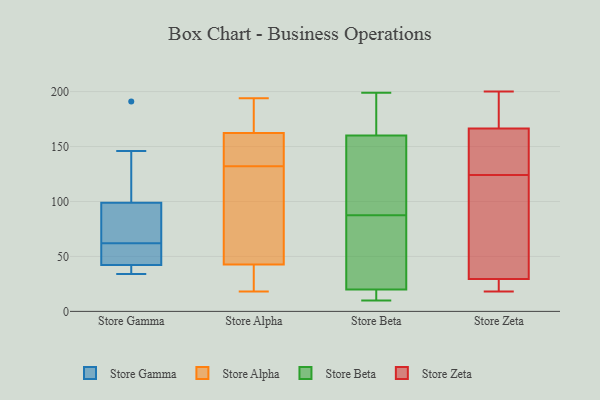
{"axis": {"x": "Churn Rate (%)", "y": "Value"}, "legend": ["Store Alpha", "Store Beta", "Store Gamma", "Store Zeta"], "data": [{"x": "", "y": 146, "type": "Store Gamma"}, {"x": "", "y": 34, "type": "Store Gamma"}, {"x": "", "y": 56, "type": "Store Gamma"}, {"x": "", "y": 191, "type": "Store Gamma"}, {"x": "", "y": 62, "type": "Store Gamma"}, {"x": "", "y": 43, "type": "Store Gamma"}, {"x": "", "y": 86, "type": "Store Gamma"}, {"x": "", "y": 42, "type": "Store Gamma"}, {"x": "", "y": 66, "type": "Store Gamma"}, {"x": "", "y": 103, "type": "Store Gamma"}, {"x": "", "y": 36, "type": "Store Gamma"}, {"x": "", "y": 176, "type": "Store Alpha"}, {"x": "", "y": 159, "type": "Store Alpha"}, {"x": "", "y": 120, "type": "Store Alpha"}, {"x": "", "y": 100, "type": "Store Alpha"}, {"x": "", "y": 43, "type": "Store Alpha"}, {"x": "", "y": 194, "type": "Store Alpha"}, {"x": "", "y": 33, "type": "Store Alpha"}, {"x": "", "y": 18, "type": "Store Alpha"}, {"x": "", "y": 133, "type": "Store Alpha"}, {"x": "", "y": 172, "type": "Store Alpha"}, {"x": "", "y": 142, "type": "Store Alpha"}, {"x": "", "y": 42, "type": "Store Alpha"}, {"x": "", "y": 153, "type": "Store Alpha"}, {"x": "", "y": 178, "type": "Store Alpha"}, {"x": "", "y": 19, "type": "Store Alpha"}, {"x": "", "y": 86, "type": "Store Alpha"}, {"x": "", "y": 132, "type": "Store Alpha"}, {"x": "", "y": 15, "type": "Store Beta"}, {"x": "", "y": 51, "type": "Store Beta"}, {"x": "", "y": 95, "type": "Store Beta"}, {"x": "", "y": 199, "type": "Store Beta"}, {"x": "", "y": 160, "type": "Store Beta"}, {"x": "", "y": 10, "type": "Store Beta"}, {"x": "", "y": 66, "type": "Store Beta"}, {"x": "", "y": 199, "type": "Store Beta"}, {"x": "", "y": 195, "type": "Store Beta"}, {"x": "", "y": 20, "type": "Store Beta"}, {"x": "", "y": 160, "type": "Store Beta"}, {"x": "", "y": 140, "type": "Store Beta"}, {"x": "", "y": 11, "type": "Store Beta"}, {"x": "", "y": 80, "type": "Store Beta"}, {"x": "", "y": 143, "type": "Store Zeta"}, {"x": "", "y": 190, "type": "Store Zeta"}, {"x": "", "y": 22, "type": "Store Zeta"}, {"x": "", "y": 84, "type": "Store Zeta"}, {"x": "", "y": 124, "type": "Store Zeta"}, {"x": "", "y": 165, "type": "Store Zeta"}, {"x": "", "y": 31, "type": "Store Zeta"}, {"x": "", "y": 167, "type": "Store Zeta"}, {"x": "", "y": 29, "type": "Store Zeta"}, {"x": "", "y": 200, "type": "Store Zeta"}, {"x": "", "y": 18, "type": "Store Zeta"}]}